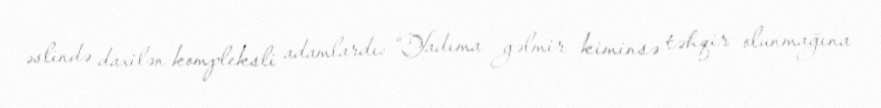
əslində daxilən kompleksli adamlardı: “Yadıma gəlmir kiminsə təhqir olunmağına